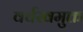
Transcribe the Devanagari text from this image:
वर्चस्वमुक्त